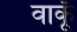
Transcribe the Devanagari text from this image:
वाकूँ